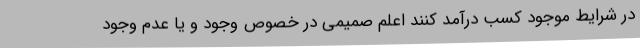
در شرایط موجود کسب درآمد کنند اعلم صمیمی در خصوص وجود و یا عدم وجود